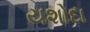
યશોદા